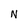
Character: N